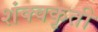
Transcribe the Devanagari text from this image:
शंक्वकृती